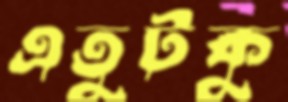
এতুটকু